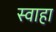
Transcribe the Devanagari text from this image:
स्‍वाहा